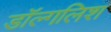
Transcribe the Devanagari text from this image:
डॉल्गलिश